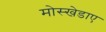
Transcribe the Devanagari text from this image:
मोस्खेडाए